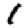
Digit: 1